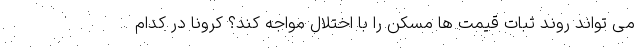
می تواند روند ثبات قیمت ها مسکن را با اختلال مواجه کند؟ کرونا در کدام